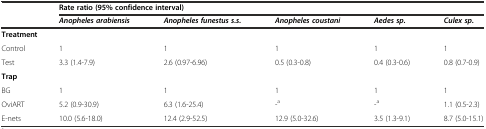
<table><thead><tr><td rowspan="2"></td><td colspan="5"><b>Rate ratio (95% confidence interval)</b></td></tr><tr><td><b><i>Anopheles arabiensis</i></b></td><td><b><i>Anopheles funestus s.s.</i></b></td><td><b><i>Anopheles coustani</i></b></td><td><b><i>Aedes sp.</i></b></td><td><b><i>Culex sp.</i></b></td></tr></thead><tbody><tr><td colspan="6"><b>Treatment</b></td></tr><tr><td>Control</td><td>1</td><td>1</td><td>1</td><td>1</td><td>1</td></tr><tr><td>Test</td><td>3.3 (1.4-7.9)</td><td>2.6 (0.97-6.96)</td><td>0.5 (0.3-0.8)</td><td>0.4 (0.3-0.6)</td><td>0.8 (0.7-0.9)</td></tr><tr><td colspan="6"><b>Trap</b></td></tr><tr><td>BG</td><td>1</td><td>1</td><td>1</td><td>1</td><td>1</td></tr><tr><td>OviART</td><td>5.2 (0.9-30.9)</td><td>6.3 (1.6-25.4)</td><td>-<sup>a</sup></td><td>-<sup>a</sup></td><td>1.1 (0.5-2.3)</td></tr><tr><td>E-nets</td><td>10.0 (5.6-18.0)</td><td>12.4 (2.9-52.5)</td><td>12.9 (5.0-32.6)</td><td>3.5 (1.3-9.1)</td><td>8.7 (5.0-15.1)</td></tr></tbody></table>